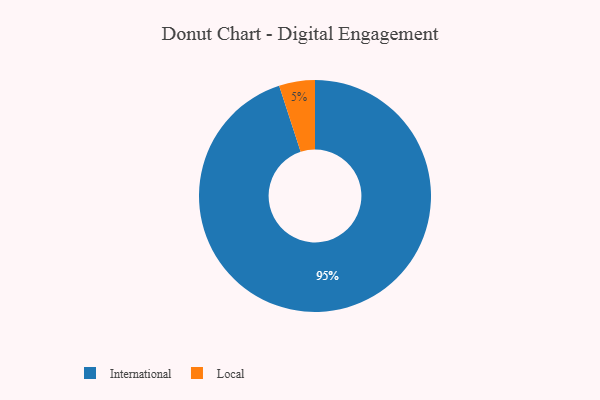
{"axis": {"x": "Category", "y": "Percentage"}, "legend": ["International", "Local"], "data": [{"x": "International", "y": 95, "type": "International"}, {"x": "Local", "y": 5, "type": "Local"}]}